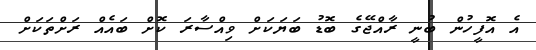
އެ އޮފީހުން ބުނީ ރާއްޖޭގެ ބޮޑު ބަޔަކަށް ވިއްސާރަ ކޮށް ބައެއް ރަށްތަކަށް